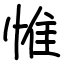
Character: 惟